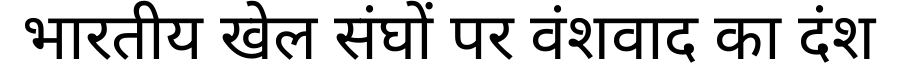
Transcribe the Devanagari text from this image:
भारतीय खेल संघों पर वंशवाद का दंश